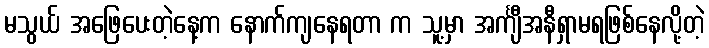
မသွယ် အဖြေပေးတဲ့နေ့က နောက်ကျနေရတာ က သူ့မှာ အင်္ကျီအနီရှာမရဖြစ်နေလို့တဲ့